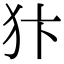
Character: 犿